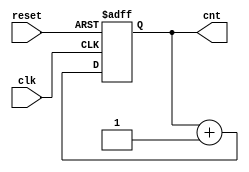
module count(cnt,clk,reset);
output[3:0] cnt;
input clk;
input reset;
reg[3:0] cnt;
always@(negedge clk or posedge reset)
	if(reset)
		cnt<=4'b0;
	else
		cnt<=cnt+1;
endmodule